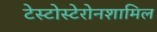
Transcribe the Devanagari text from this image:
टेस्टोस्टेरोनशामिल